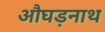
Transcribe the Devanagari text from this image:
औघड़नाथ